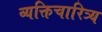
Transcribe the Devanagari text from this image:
व्यक्तिचारित्र्य